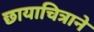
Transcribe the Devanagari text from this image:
छायाचित्राने